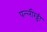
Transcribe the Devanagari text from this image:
पल्लीरेड्डी